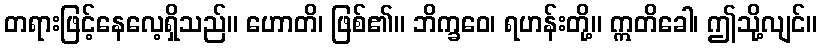
တရားဖြင့်နေလေ့ရှိသည်။ ဟောတိ၊ ဖြစ်၏။ ဘိက္ခဝေ၊ ရဟန်းတို့။ ဣတိခေါ၊ ဤသို့လျင်။